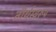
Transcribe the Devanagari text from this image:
तीर्थस्वरूप